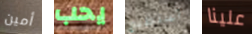
أمين يحب أستطيع علينا